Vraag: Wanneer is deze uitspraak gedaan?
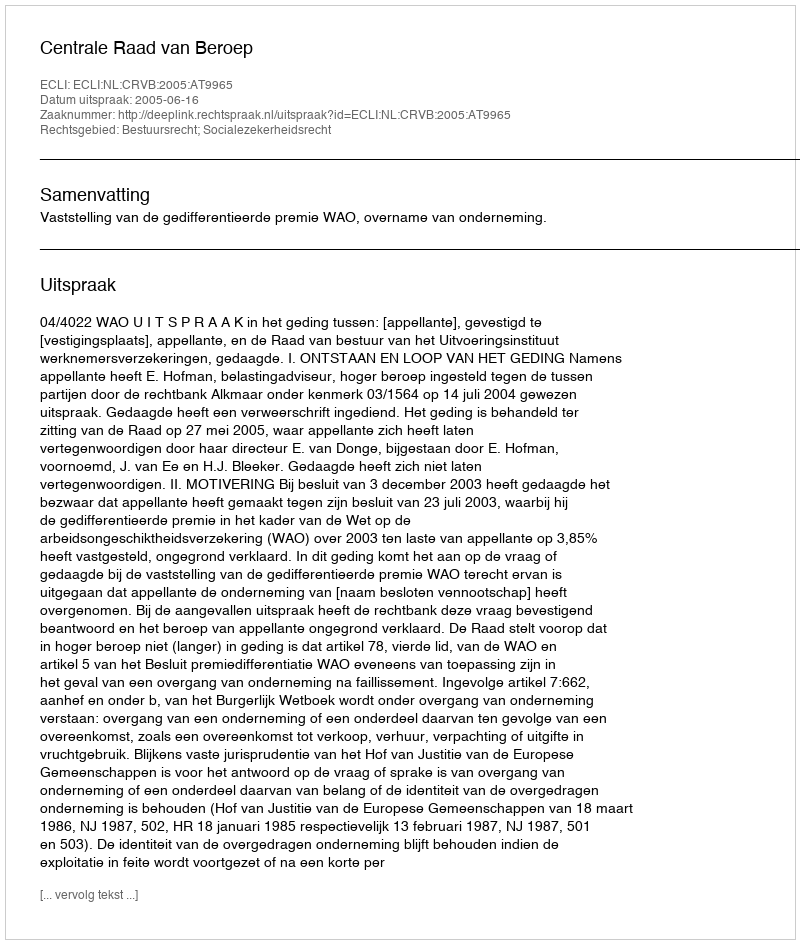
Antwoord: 2005-06-16